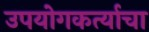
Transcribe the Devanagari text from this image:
उपयोगकर्त्याचा